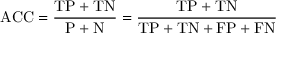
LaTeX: \mathrm { A C C } = { \frac { \mathrm { T P } + \mathrm { T N } } { \mathrm { P } + \mathrm { N } } } = { \frac { \mathrm { T P } + \mathrm { T N } } { \mathrm { T P } + \mathrm { T N } + \mathrm { F P } + \mathrm { F N } } }